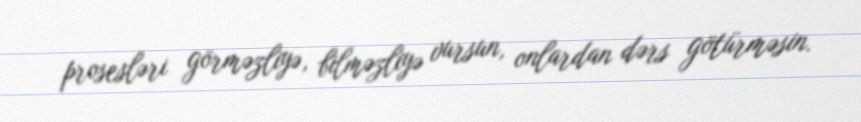
prosesləri görməzliyə, bilməzliyə vursun, onlardan dərs götürməsin.